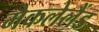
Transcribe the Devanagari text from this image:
मेकलेलैंड